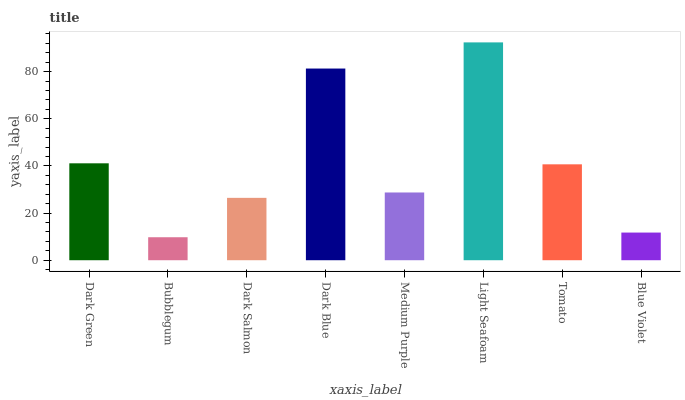
| xaxis_label | bars |
 | --- | --- |
 | Dark Green | 41.1 |
 | Bubblegum | 9.75 |
 | Dark Salmon | 26.5 |
 | Dark Blue | 81.3 |
 | Medium Purple | 28.7 |
 | Light Seafoam | 92.4 |
 | Tomato | 40.7 |
 | Blue Violet | 11.7 |